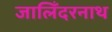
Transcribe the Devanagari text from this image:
जालिँदरनाथ